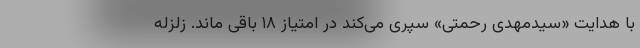
با هدایت «سیدمهدی رحمتی» سپری می‌کند در امتیاز ۱۸ باقی ماند. زلزله